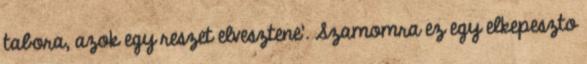
tabora, azok egy reszet elvesztene'. Szamomra ez egy elkepeszto